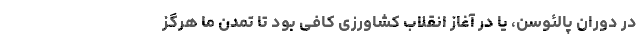
در دوران پالئوسن، یا در آغاز انقلاب کشاورزی کافی بود تا تمدن ما هرگز